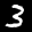
Label: 3